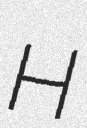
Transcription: H